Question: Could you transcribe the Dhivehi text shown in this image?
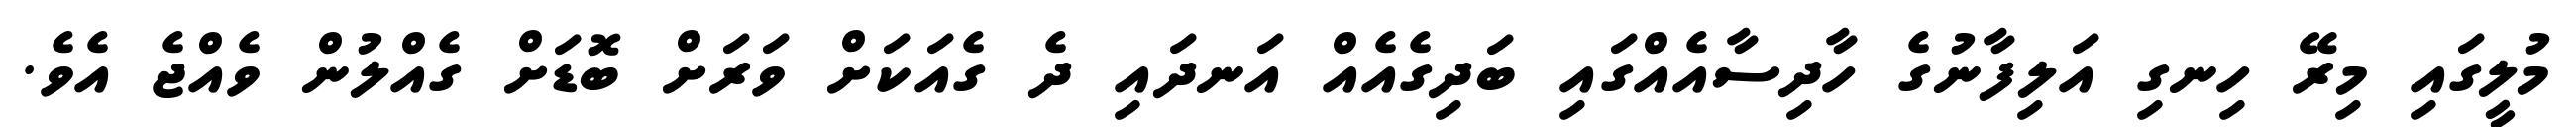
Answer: މުލީގައި މިރޭ ހިނގި އަލިފާނުގެ ހާދިސާއެއްގައި ބަދިގެއެއް އަނދައި ދެ ގެއަކަށް ވަރަށް ބޮޑަށް ގެއްލުން ވެއްޖެ އެވެ.